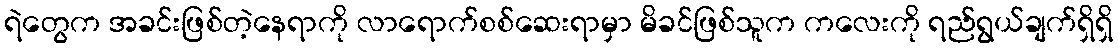
ရဲတွေက အခင်းဖြစ်တဲ့နေရာကို လာရောက်စစ်ဆေးရာမှာ မိခင်ဖြစ်သူက ကလေးကို ရည်ရွယ်ချက်ရှိရှိ